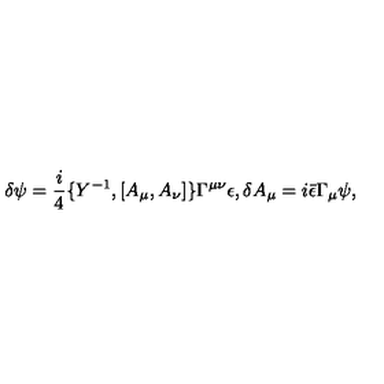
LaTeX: \delta \psi = \frac { i } { 4 } \{ Y ^ { - 1 } , [ A _ { \mu } , A _ { \nu } ] \} \Gamma ^ { \mu \nu } \epsilon , \delta A _ { \mu } = i \bar { \epsilon } \Gamma _ { \mu } \psi ,